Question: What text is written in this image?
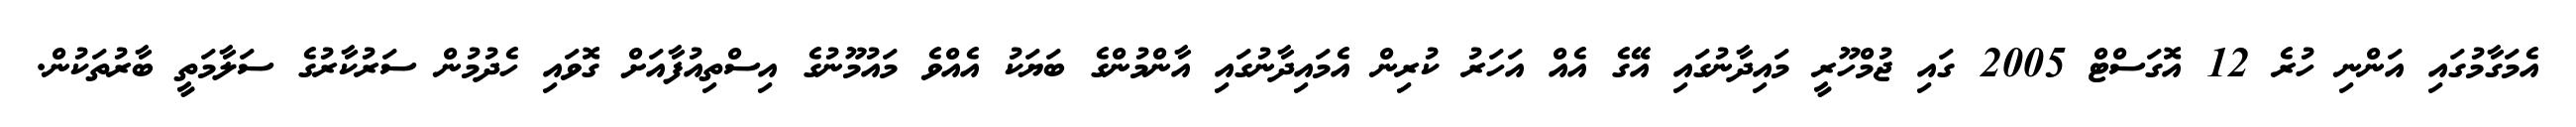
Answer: އެމަގާމުގައި އަންނި ހުރެ 12 އޮގަސްޓް 2005 ގައި ޖުމްހޫރީ މައިދާނުގައި އޭގެ އެއް އަހަރު ކުރިން އެމައިދާނުގައި އާންމުންގެ ބަޔަކު އެއްވެ މައުމޫނުގެ އިސްތިއުފާއަށް ގޮވައި ހެދުމުން ސަރުކާރުގެ ސަލާމަތީ ބާރުތަކުން.